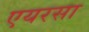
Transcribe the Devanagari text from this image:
एयरसा